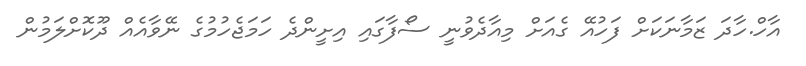
އާހް.ހާދަ ޒަމާނަކަށް ފަހުއޭ ގެއަށް މިއާދެވުނީ ސޯފާގައި އިށީންދެ ހަމަޖެހުމުގެ ނޭވާއެއް ދޫކޮށްލަމުން